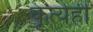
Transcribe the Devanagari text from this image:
कृत्येही